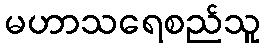
မဟာသရေစည်သူ